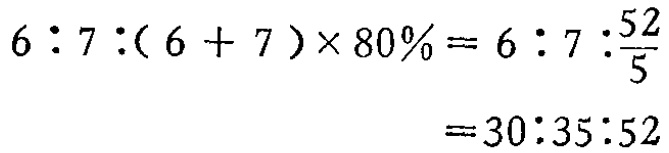
\[

\begin{align*}

6:7:(6 + 7)\times 80\%&=6:7:\frac{52}{5}\\

&=30:35:52

\end{align*}

\]